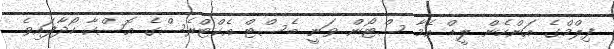
ފިލްމްގެ އަންހެން ލީޑް އެމާ ސްޓޯން ވަނީ ބެސްޓް އެކްޓްރެސްގެ އޮސްކާ ހޯދާފައިވެ